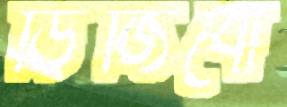
ডিজিবো